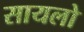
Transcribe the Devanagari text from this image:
सायलो